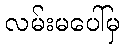
လမ်းမပေါ်မှ